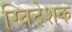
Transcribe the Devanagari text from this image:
स्विदेशक